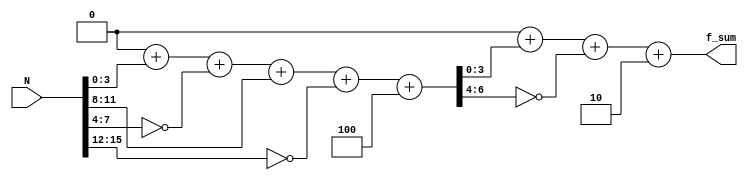
`timescale 1ns / 1ps
//////////////////////////////////////////////////////////////////////////////////
// Module Name: reduce_mod_hp_17
// Module Description: Reduces 16 bit number to a smaller-bit number for residue 
// calculation
//////////////////////////////////////////////////////////////////////////////////


module reduce_mod_hp_17(
    N, f_sum
    );
    //size of N
    localparam N_SIZE = 16;
    //Number wrt whom the modulo will be generated
    localparam MOD = 17;
    //Half periodicity = minimum distance between two subsequent pairs of 1 and MOD-1 in the sequence 
    //of residues of powers of 2 taken mod MOD
    localparam HALF_PERIOD = 4;
    //NUM_OF_G = Number of HALF_PERIOD-bit groups into which input N can be divided
    //         = ceil(N/HALF_PERIOD)
    localparam NUM_OF_G = 4;
    //size of NUM_OF_G
    localparam N_G_SIZE = 3;
    //size of total sum
    localparam SUM_SIZE = HALF_PERIOD + N_G_SIZE;
    
    // NUM_OF_G1 = ceil(SUM_SIZE/HALF_PERIOD)
    localparam NUM_OF_G1 = 2;
    // size of NUM_OF_G1 = size of (NUM_OF_G1 - 1)
    localparam N_G1_SIZE = 1;
    // size of final sum
    localparam F_SUM_SIZE = HALF_PERIOD+N_G1_SIZE;
    // number of odd-numbered complemented bytes = 2*floor(N/(2*HALF_PERIOD))
    localparam floor_v_2 = 4;
    
    input [15:0] N;
    reg [SUM_SIZE - 1:0] sum;
    reg [SUM_SIZE - 1:0] temp_sum;
    
    wire [HALF_PERIOD - 1:0] G [NUM_OF_G - 1:0];
    reg [NUM_OF_G - 1:0] j;
    
    //Divide N into sets of HALF_PERIOD length
    genvar i;
    generate
        for(i=0; i<NUM_OF_G-1; i=i+2) begin
            assign G[i] = N[HALF_PERIOD*i +: HALF_PERIOD];
        end
        for(i=1; i<NUM_OF_G-1; i=i+2) begin
            assign G[i] = ~N[HALF_PERIOD*i +: HALF_PERIOD];
        end
        if(NUM_OF_G[0] == 0)
            assign G[NUM_OF_G -1]= ~{14'b0,N[N_SIZE-1:(NUM_OF_G-1)*HALF_PERIOD]};
        else
            assign G[NUM_OF_G -1]= {14'b0,N[N_SIZE-1:(NUM_OF_G-1)*HALF_PERIOD]};
    endgenerate
    
    //generate sum
    always @(N) begin
        sum = 0;   
        for(j=0; j<NUM_OF_G; j=j+1) begin
            sum = sum+G[j];
        end
        temp_sum = sum+floor_v_2;
    end
    
    // Repeat process only if SUM_SIZE > HALF_PERIOD otherwise comment out
    
    // number of odd-numbered complemented bytes = 2*floor(F_SUM_SIZE/(2*HALF_PERIOD))
    localparam floor_v_2_1 = 2;
    output reg [F_SUM_SIZE - 1:0] f_sum;
    
    wire [HALF_PERIOD - 1:0] G1 [NUM_OF_G1 - 1:0];
    //reg [NUM_OF_G1 - 1:0] k;
    reg [NUM_OF_G1 - 1:0] l;
    
    genvar k;
    generate
        if(SUM_SIZE > HALF_PERIOD+1) begin
            for(k=0; k<NUM_OF_G1-1; k=k+2) begin
                assign G1[k] = temp_sum[HALF_PERIOD*k +: HALF_PERIOD];
            end
            for(k=1; k<NUM_OF_G1-1; k=k+2) begin
                assign G1[k] = ~temp_sum[HALF_PERIOD*k +: HALF_PERIOD];
            end
            if (NUM_OF_G1[0] == 0)
                assign G1[NUM_OF_G1 -1]= ~{14'b0,temp_sum[SUM_SIZE-1:(NUM_OF_G1-1)*HALF_PERIOD]};
            else
                assign G1[NUM_OF_G1 -1]= {14'b0,temp_sum[SUM_SIZE-1:(NUM_OF_G1-1)*HALF_PERIOD]};
        end
    endgenerate
    
    always@(temp_sum)begin
        f_sum = 0;   
    
        for(l=0; l<NUM_OF_G1; l=l+1) begin
            f_sum = f_sum+G1[l];
        end
        f_sum = f_sum + floor_v_2_1;
    end
    
endmodule